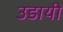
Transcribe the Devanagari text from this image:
उडायी